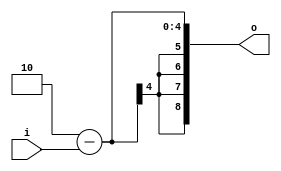
module opt_expr_sub_test4(input [3:0] i, output [8:0] o);
    assign o = 5'b00010 - i;
endmodule